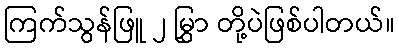
ကြက်သွန်ဖြူ ၂ မြွှာ တို့ပဲဖြစ်ပါတယ်။